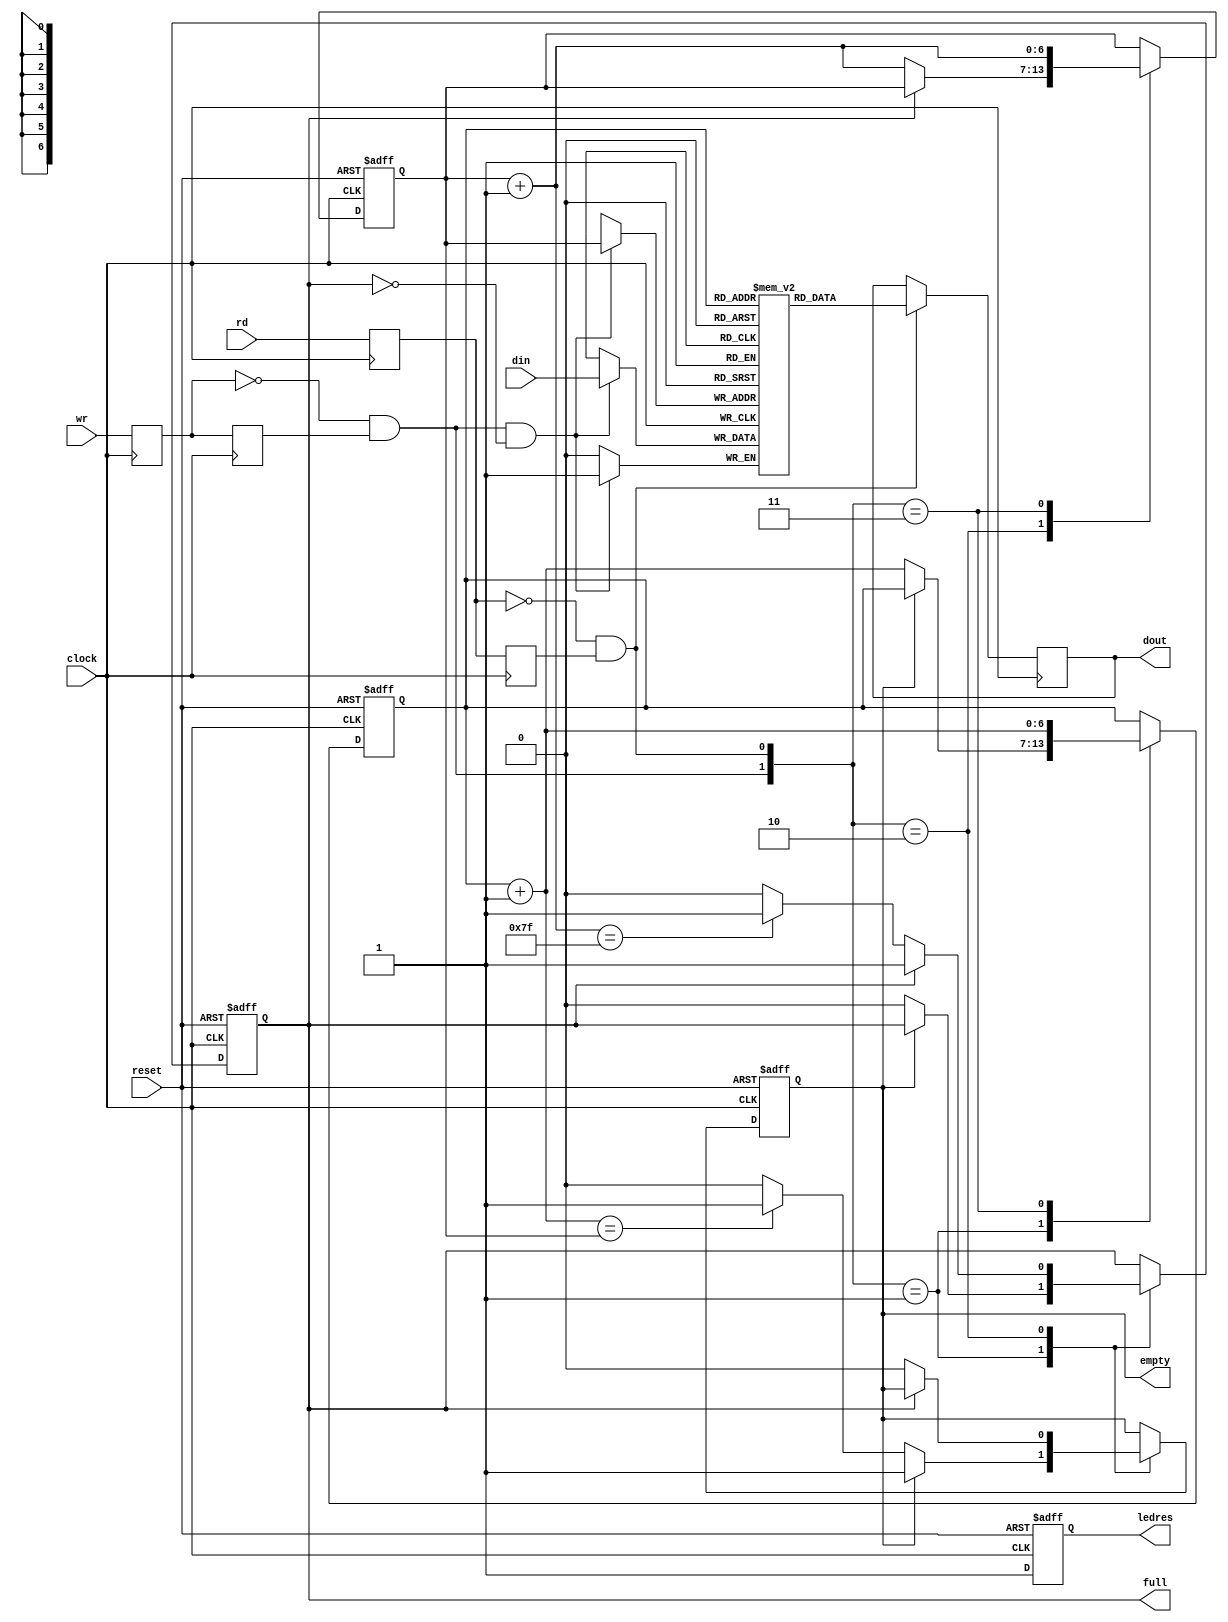
module fifo_37 # (parameter abits = 7, dbits = 1)(
    input  reset, clock,
    input  rd, wr,
    input  [dbits-1:0] din,
    output [dbits-1:0] dout,
    output empty,
    output full,
    output reg ledres
    );
wire db_wr, db_rd;
reg dffw1, dffw2, dffr1, dffr2;
reg [dbits-1:0] out;
always @ (posedge clock) dffw1 <= wr; 
always @ (posedge clock) dffw2 <= dffw1;
assign db_wr = ~dffw1 & dffw2; 
always @ (posedge clock) dffr1 <= rd;
always @ (posedge clock) dffr2 <= dffr1;
assign db_rd = ~dffr1 & dffr2; 
reg [dbits-1:0] regarray[2**abits-1:0]; 
reg [abits-1:0] wr_reg, wr_next, wr_succ; 
reg [abits-1:0] rd_reg, rd_next, rd_succ; 
reg full_reg, empty_reg, full_next, empty_next;
assign wr_en = db_wr & ~full; 
always @ (posedge clock)
 begin
  if(wr_en)
   regarray[wr_reg] <= din;  
 end
always @ (posedge clock)
 begin
  if(db_rd)
   out <= regarray[rd_reg];
 end
always @ (posedge clock or posedge reset)
 begin
  if (reset)
   begin
   wr_reg <= 0;
   rd_reg <= 0;
   full_reg <= 1'b0;
   empty_reg <= 1'b1;
  ledres=0;
   end
  else
   begin
   wr_reg <= wr_next; 
   rd_reg <= rd_next;
   full_reg <= full_next;
   empty_reg <= empty_next;
   ledres=1;
   end
 end
always @(*)
 begin
  wr_succ = wr_reg + 1; 
  rd_succ = rd_reg + 1; 
  wr_next = wr_reg;  
  rd_next = rd_reg;  
  full_next = full_reg;  
  empty_next = empty_reg;  
   case({db_wr,db_rd})
    2'b01: 
     begin
      if(~empty) 
       begin
        rd_next = rd_succ;
        full_next = 1'b0;
       if(rd_succ == wr_reg) 
         empty_next = 1'b1;  
       end
     end
2'b10: 
     begin
      if(~full) 
       begin
        wr_next = wr_succ;
        empty_next = 1'b0;
        if(wr_succ == (2**abits-1)) 
         full_next = 1'b1;   
       end
     end
    2'b11: 
     begin
      wr_next = wr_succ;
      rd_next = rd_succ;
     end
    endcase
 end
assign full = full_reg;
assign empty = empty_reg;
assign dout = out;
endmodule